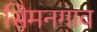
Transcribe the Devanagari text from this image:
सिमनगाव